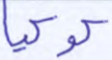
كوكبا